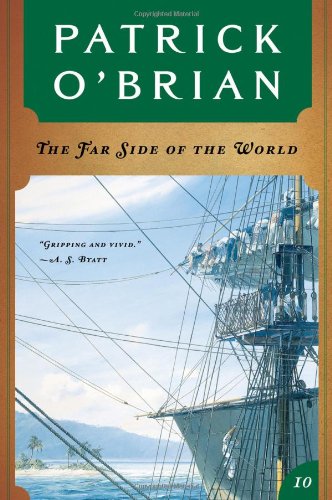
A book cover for The Far Side of the World (Vol. Book 10)  (Aubrey/Maturin Novels); Patrick O'Brian; Literature & Fiction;